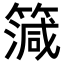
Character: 𥳒